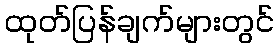
ထုတ်ပြန်ချက်များတွင်